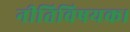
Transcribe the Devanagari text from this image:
नीतिविषयक।